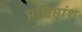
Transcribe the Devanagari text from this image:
प्रक्षिप्तांश